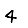
Digit: 4